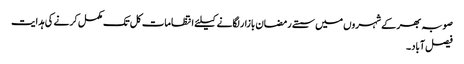
صوبہ بھر کے شہروں میں سستے رمضان بازار لگانے کیلئے انتظامات کل تک مکمل کرنے کی ہدایت
فیصل آباد۔